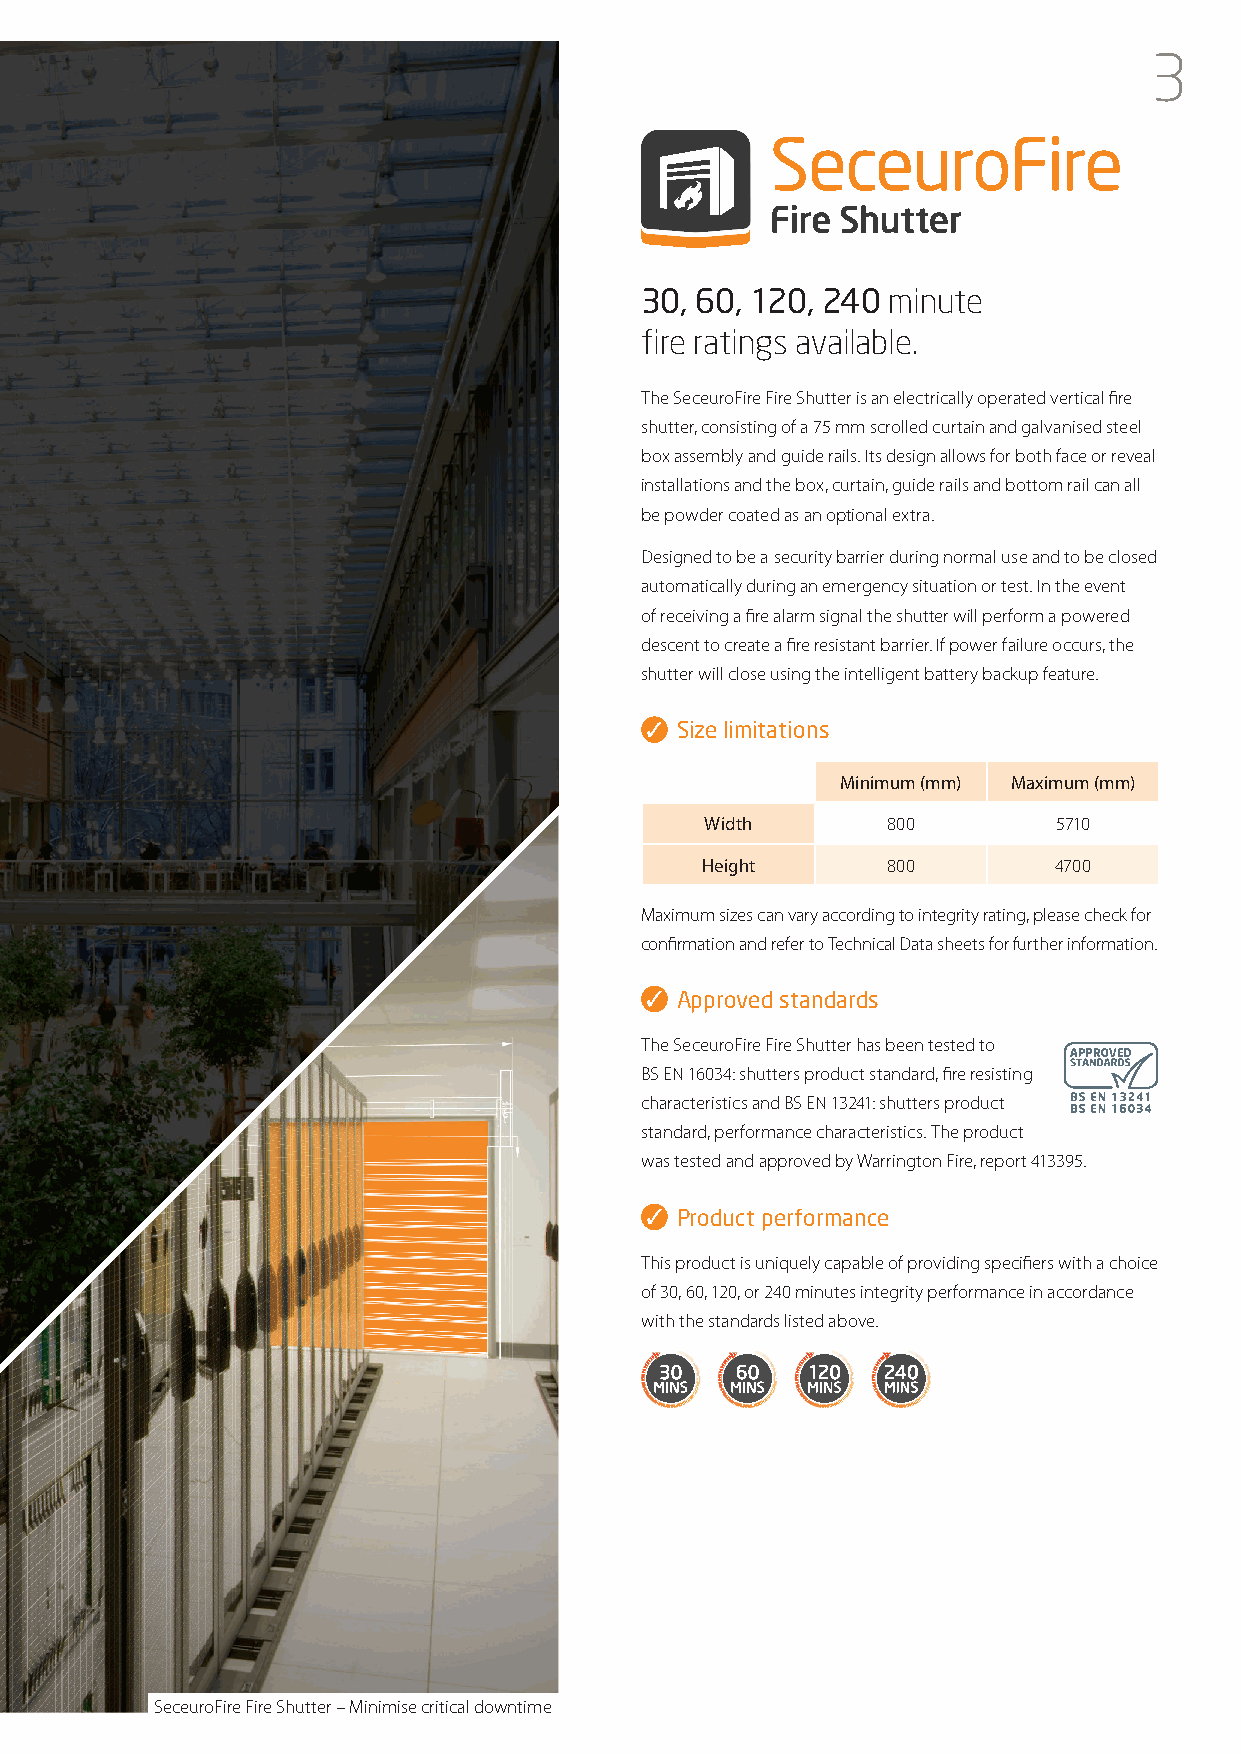
3
 30, 60, 120, 240 minute
 fire ratings available.
 The SeceuroFire Fire Shutter is an electrically operated vertical fire
 shutter, consisting of a 75 mm scrolled curtain and galvanised steel
 box assembly and guide rails. Its design allows for both face or reveal
 installations and the box, curtain, guide rails and bottom rail can all
 be powder coated as an optional extra.
 Designed to be a security barrier during normal use and to be closed
 automatically during an emergency situation or test. In the event
 of receiving a fire alarm signal the shutter will perform a powered
 descent to create a fire resistant barrier. If power failure occurs, the
 shutter will close using the intelligent battery backup feature.
 Size limitations
 Minimum (mm) Maximum (mm)
 Width       800        5710
 Height       800        4700
 Maximum sizes can vary according to integrity rating, please check for
 confirmation and refer to Technical Data sheets for further information.
 Approved standards
 The SeceuroFire Fire Shutter has been tested to
 BS EN 16034: shutters product standard, fire resisting
 characteristics and BS EN 13241: shutters product
 standard, performance characteristics. The product
 was tested and approved by Warrington Fire, report 413395.
 Product performance
 This product is uniquely capable of providing specifiers with a choice
 of 30, 60, 120, or 240 minutes integrity performance in accordance
 with the standards listed above.
 SeceuroFire Fire Shutter – Minimise critical downtime